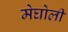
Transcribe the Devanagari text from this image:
मेघोली